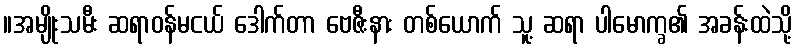
။အမျိုးသမီး ဆရာဝန်မငယ် ဒေါက်တာ ဗေဇီးနား တစ်ယောက် သူ့ ဆရာ ပါမောက္ခ၏ အခန်းထဲသို့